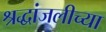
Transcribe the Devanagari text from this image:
श्रद्धांजलीच्या